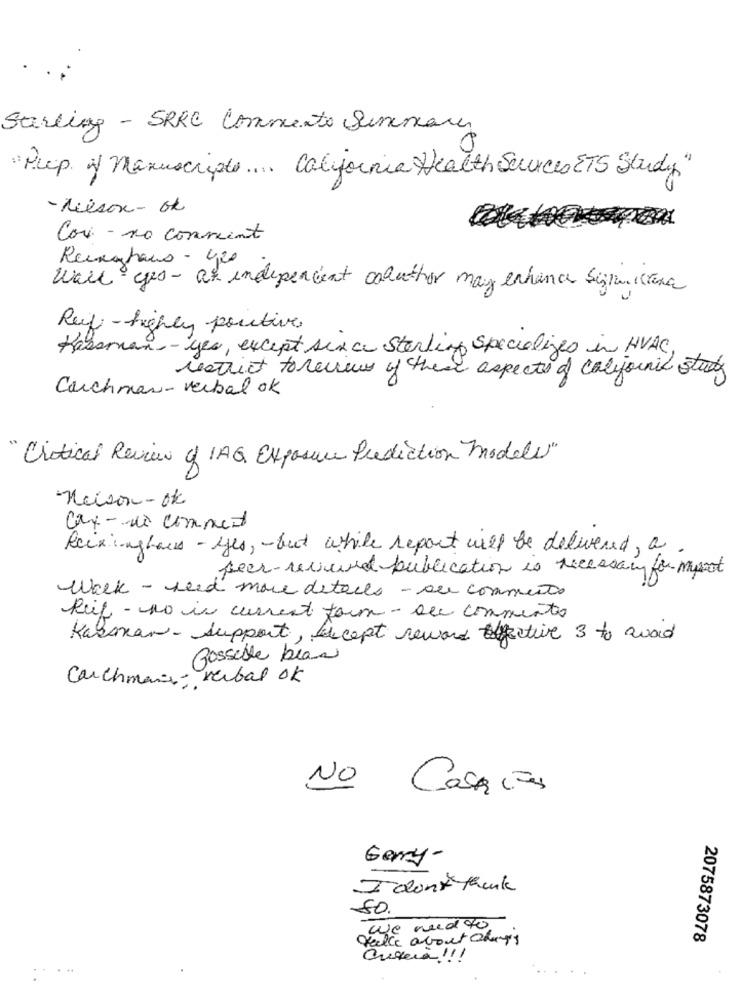
Sterling - SPRC Commento Summary
Prep of Manuscripte .... California Health Services ETS Study"
-Nilson- ok
Cor - no convient
Recentaus - 420
Wall yes- at independent caluthor may enhance signa cara
Reif -highly portive
Hassman-yes, except sexa Sterling specializes in HVAC
restrict toneues of theme aspects of california study
Carchman-verbal ok
Critical Review of IAG Exposure Prediction Models"
Nelson-ok
car - de comput
Recxinghaus - yes, - but while report will be delivered, a
peer-revuere publication is necessary for must
Walk - read more details - sur comments
Reif - no is current toim - suc comments
Karaman- support, Except reward effective 3 to avoid
Possible blan
Carchmais , verbal ok
NO Caracas
Gerry-
I don't think
80.
we need to
taille avout Changes
2075873078
...